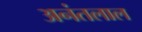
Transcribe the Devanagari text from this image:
अनंतलाल